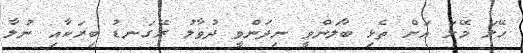
ހޭލަ މޭލަ އަށް ތެޅި ބާލަންވީ ނިދަންވީ ދުވާލު ރޭގަނޑު ބިރަކާއި ނުލާ